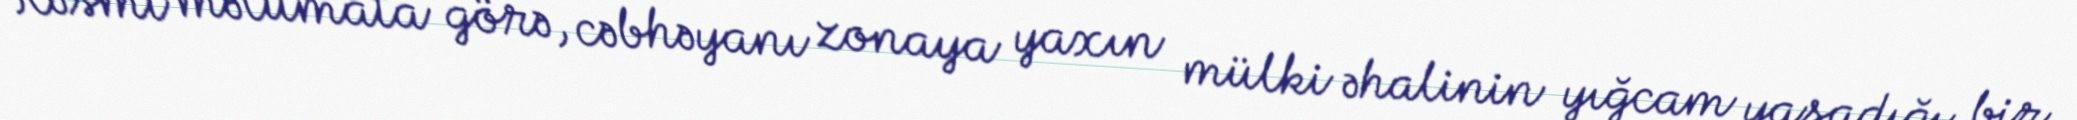
Rəsmi məlumata görə, cəbhəyanı zonaya yaxın mülki əhalinin yığcam yaşadığı bir